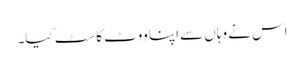
اس نے وہاں سے اپنا ووٹ کاسٹ کیا۔